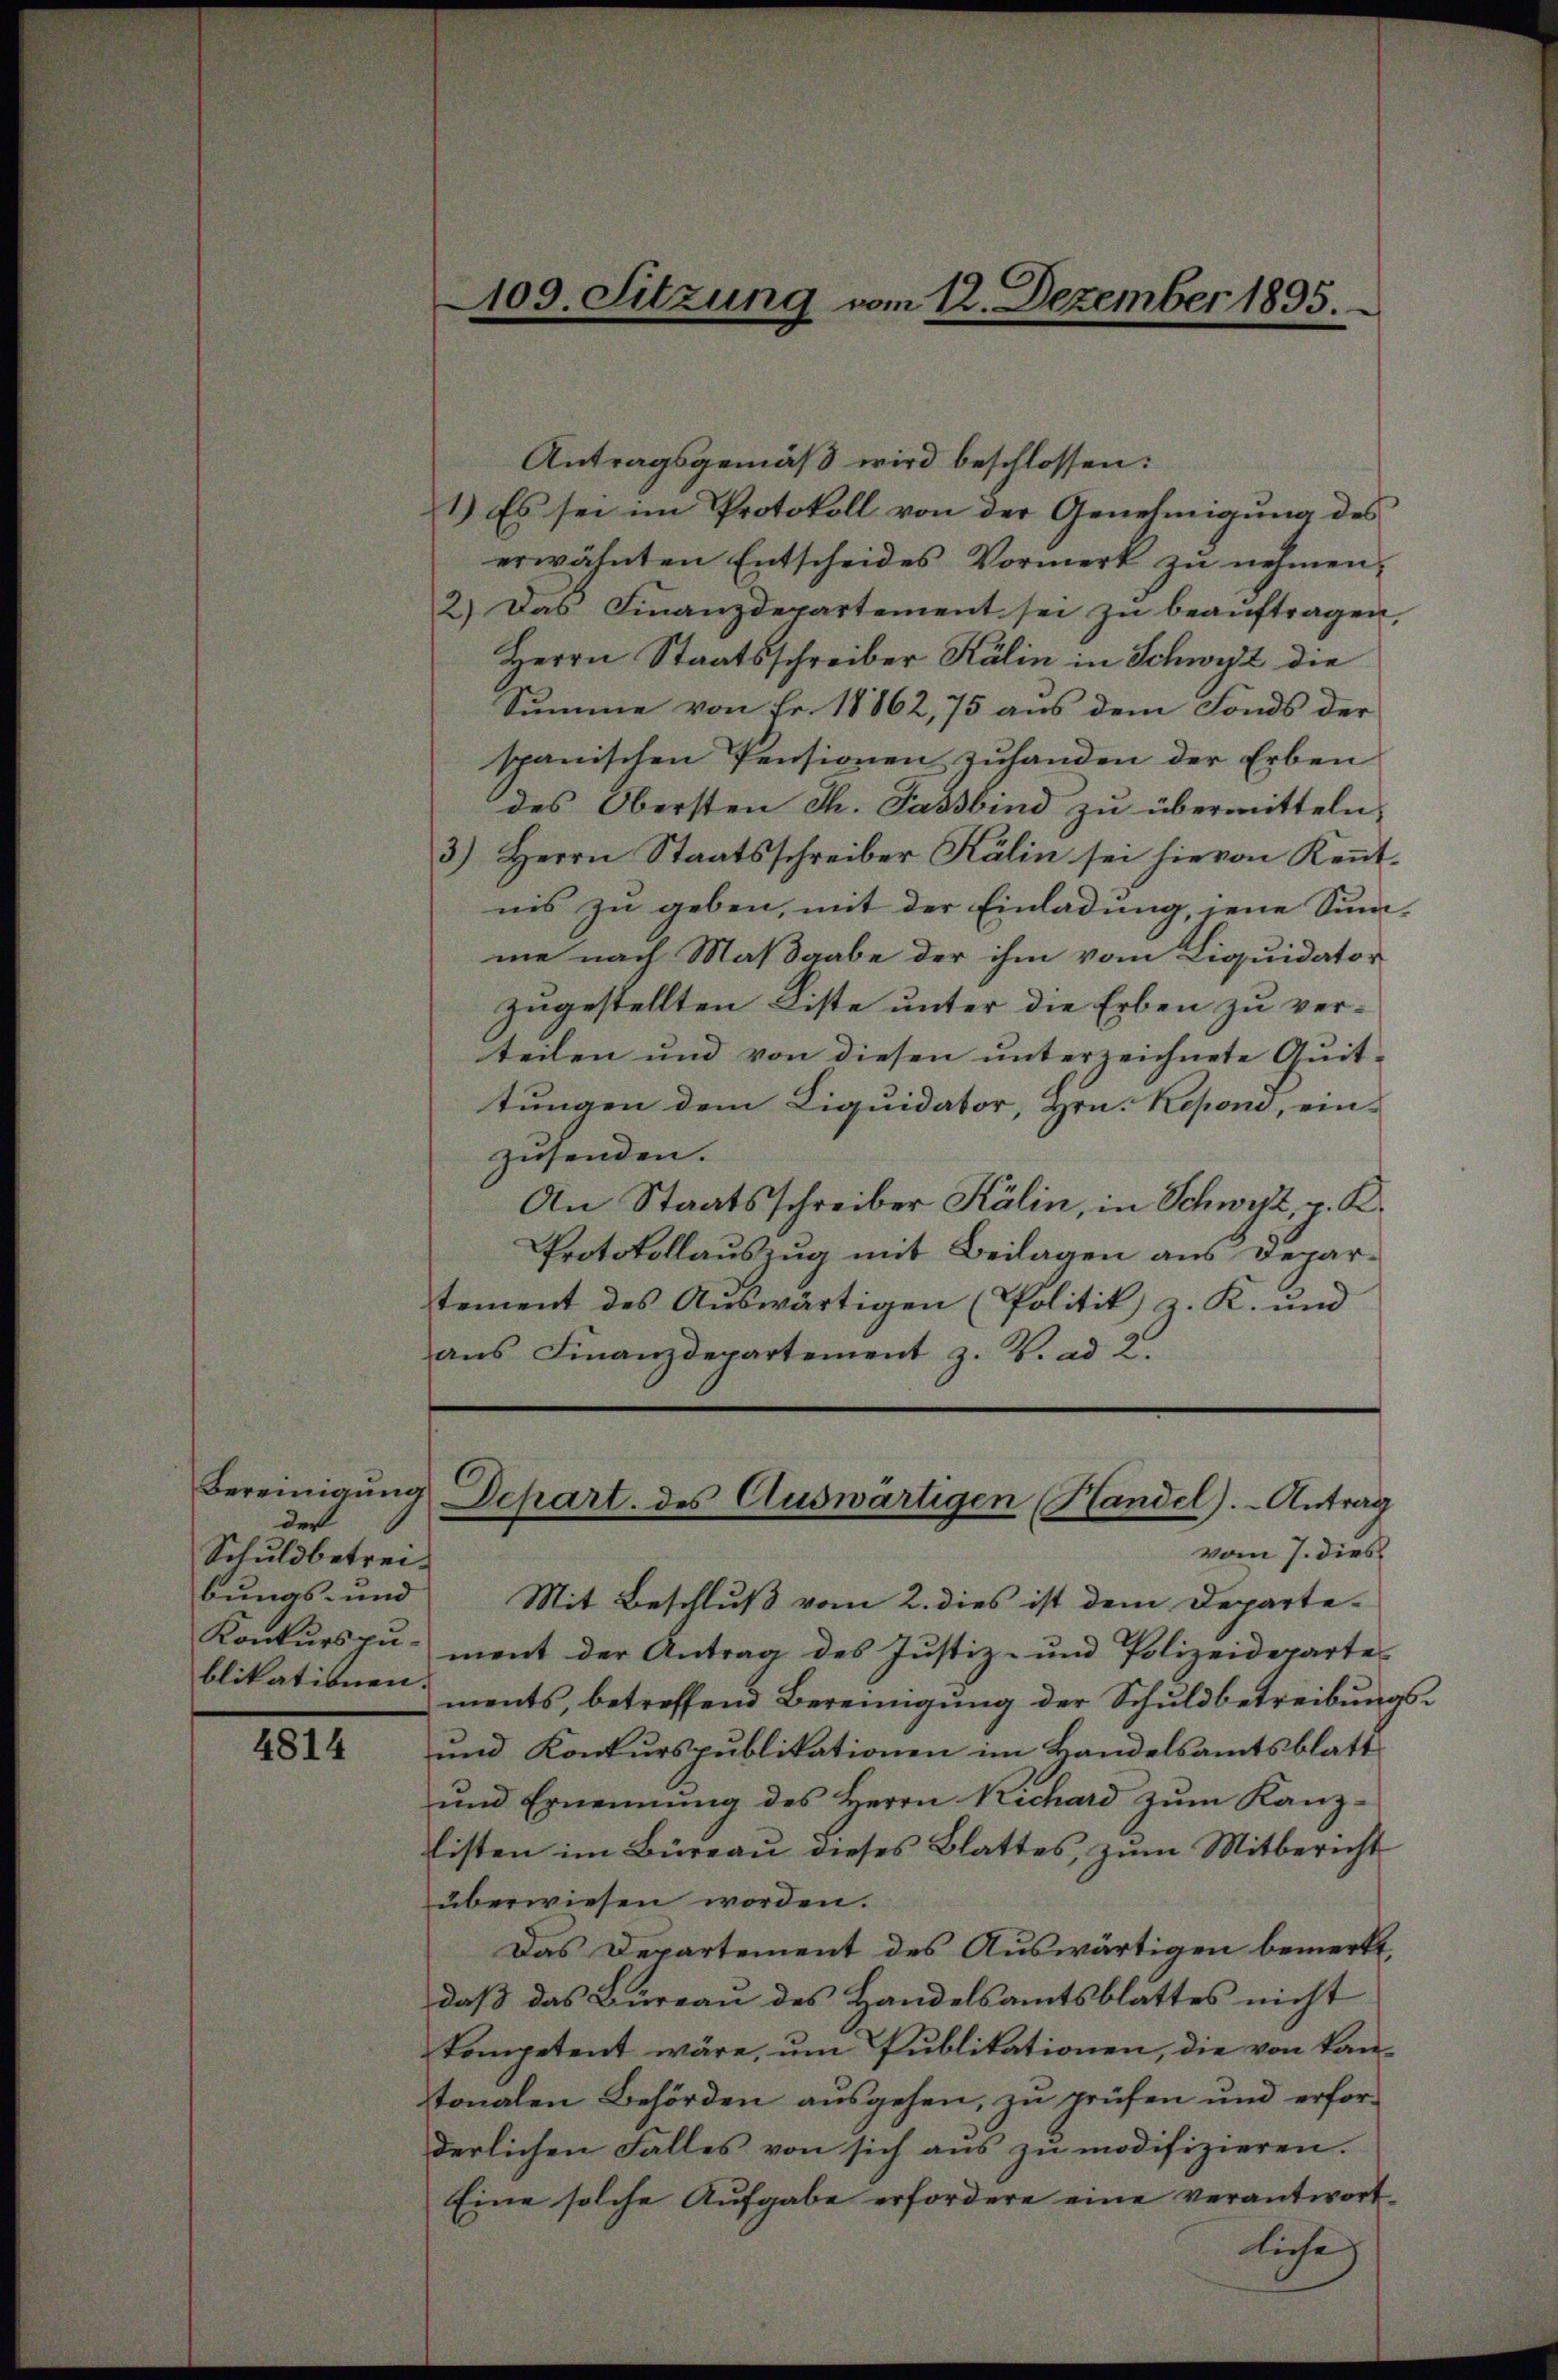
der
Schuldbetrei¬

4814

109. Sitzung vom 12. Dezember 1895.

Antragsgemäß wird beschlossen:
1.) Es sei im Protokoll von der Genehmigung des
erwähnten Entscheides Vormerk zŭ nehmen.
2) Das Finanzdepartement sei zŭ beaŭftragen,
Herrn Staatsschreiber Kälin in Schwyz die
Summe von Fr. 18862, 75 aus dem Fonds der
spanischen Pensionen zuhanden der Erben
des Obersten Ch. Fassbind zu übermitteln.
3.) Herrn Staatsschreiber Kälin sei hievon Kennt-
nis zu geben, mit der Einladung, jene Sum-
me nach Maßgabe der ihm vom Liquidator
zugestellten Liste unter die Erben zu verteilen und von diesen unterzeichnete Quit-
tungen dem Liquidator, Hrn. Kepond, ein-
zusenden.
An Staatsschreiber Kälin, in Schwyz, v. K.
Protokollauszug mit Beilagen aus Departement des Aŭswärtigen (Politik z. K. und
aŭs Finanzdepartement z. B. ad 2.

Bereinigŭng Schart. des Auswärtigen (Handel).- Antrag

vom 7. dies
bungs- und Mit Beschluß vom 2. dies ist dem Departe-
Konkŭrspŭ- ment der Antrag des Justiz- und Polizeideparte
blikationen ents, betreffend Bereinigung der Schuldbetreibungs¬
und Konkurspublikationen im Handelsamtsblatt
und Ernennung des Herrn Rechard zum Kanz-
listen im Büreaŭ dieses Blattes, zŭm Mitbericht
überwiesen worden.
Das Departement des Auswärtigen bemerkt,
daß das Bureau des Handelsamtsblattes nicht
kompetent wäre, um Publikationen, die von kantonalen Behörden ausgehen, zu prüfen und erforderlichen Falles von sich aus zu modifizieren.
Eine solche Aufgabe erfordere eine verantwort-
liche